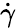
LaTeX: \dot{\gamma}